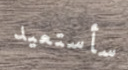
سأستعيد